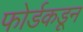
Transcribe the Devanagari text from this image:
फोर्डकडून